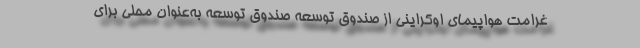
غرامت هواپیمای اوکراینی از صندوق توسعه صندوق توسعه به‌عنوان محلی برای